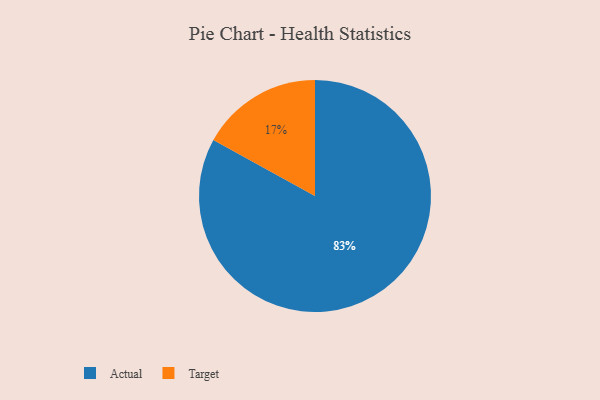
{"axis": {"x": "Category", "y": "Percentage"}, "legend": ["Actual", "Target"], "data": [{"x": "Target", "y": 17, "type": "Target"}, {"x": "Actual", "y": 83, "type": "Actual"}]}